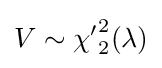
V\sim {\chi '}_{2}^{2}(\lambda )